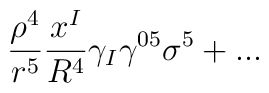
\frac{\rho^4}{r^5}\frac{x^I}{R^4}\gamma_I\gamma^{05} \sigma^5 + ...